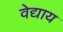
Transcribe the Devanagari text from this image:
वेद्याय